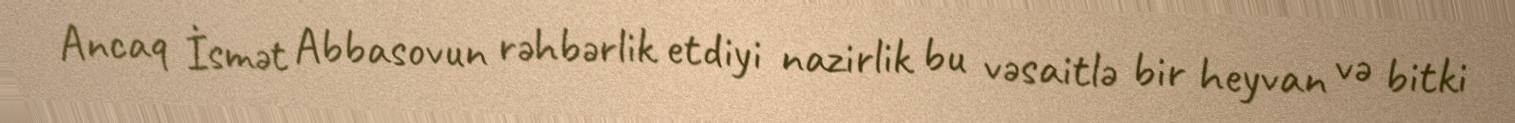
Ancaq İsmət Abbasovun rəhbərlik etdiyi nazirlik bu vəsaitlə bir heyvan və bitki